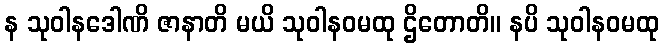
န သုဝါနဒေါဏိ ဇာနာတိ မယိ သုဝါနဝမထု ဌိတောတိ။ နပိ သုဝါနဝမထု